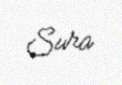
Sura